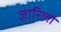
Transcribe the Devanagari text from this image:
ज़ारिलो